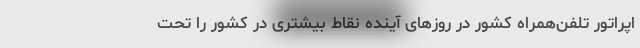
اپراتور تلفن‌همراه کشور در روزهای آینده نقاط بیشتری در کشور را تحت